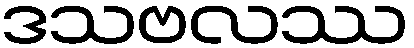
ဒသဗလဿ